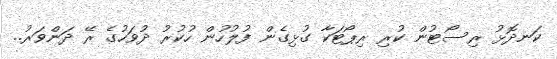
ކަނދޮޅު ރިސޯޓުން ކުރި ރިޕޯޓަކާ ގުޅިގެން ފުލުހުން ހުކުރު ދުވަހުގެ ރޭ ދަންވަރު..